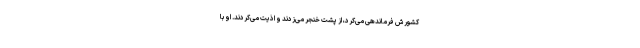
کشورش فرماندهی می‌کرد، از پشت خنجر می‌زدند و اذیت می‌کردند. او با